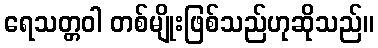
ရေသတ္တဝါ တစ်မျိုးဖြစ်သည်ဟုဆိုသည်။